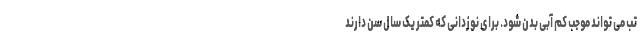
تب می تواند موجب کم آبی بدن شود. برای نوزدانی که کمتر یک سال سن دارند